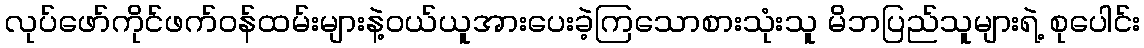
လုပ်ဖော်ကိုင်ဖက်ဝန်ထမ်းများနဲ့ဝယ်ယူအားပေးခဲ့ကြသောစားသုံးသူ မိဘပြည်သူများရဲ့ စုပေါင်း